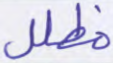
مظلل